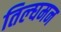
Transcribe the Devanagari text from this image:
तिल्घमन